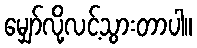
မျှော်လို့လင့်သွားတာပါ။